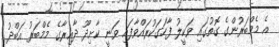
އެ މެމްބަރުންގެ ގޮތުގައި ވަކީލު ފާހަގަކުރައްވާފައި ވަނީ ކާށިދޫ ދާއިރާގެ މެމްބަރު އަބްދު